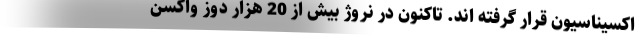
اکسیناسیون قرار گرفته اند. تاکنون در نروژ بیش از 20 هزار دوز واکسن